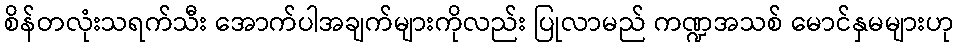
စိန်တလုံးသရက်သီး အောက်ပါအချက်များကိုလည်း ပြုလာမည် ကဏ္ဍအသစ် မောင်နှမများဟု